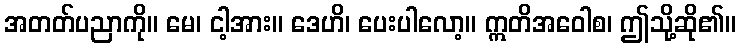
အတတ်ပညာကို။ မေ၊ ငါ့အား။ ဒေဟိ၊ ပေးပါလော့။ ဣတိအဝေါစ၊ ဤသို့ဆို၏။